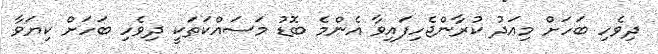
ދިވެހި ބަހަށް މިއަދު ކުރާންޖެހިފައިވާ އެންމެ ބޮޑު މަސައްކަތަކީ ދިވެހި ބަހަށް ކިޔަވާ